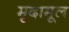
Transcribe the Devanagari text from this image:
मृदामूल